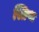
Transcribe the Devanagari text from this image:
स्तिग्ध